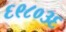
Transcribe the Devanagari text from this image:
६९८०३६